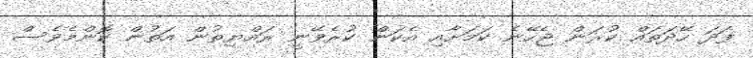
ފަދަ ހޭދަތައް ކުރަން ޖެހޭނެ ކަމަށާއި އެކަން ކުރެވޭނީ ރައްޔިތުން އަތުން ކޮންމެވެސް